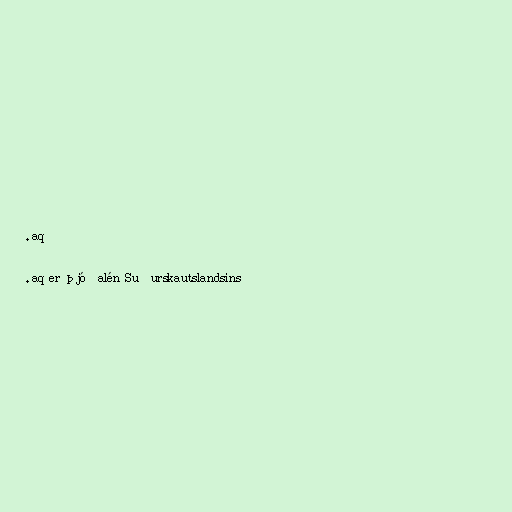
.aq

.aq er þjóðalén Suðurskautslandsins